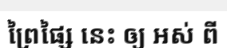
ព្រៃផ្សៃ នេះ ឲ្យ អស់ ពី